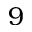
9